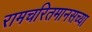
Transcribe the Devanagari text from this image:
रामचरितमानसच्या